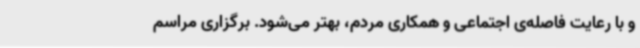
و با رعایت فاصله‌ی اجتماعی و همکاری مردم، بهتر می‌شود. برگزاری مراسم